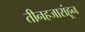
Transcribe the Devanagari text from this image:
तीनहजारांहून